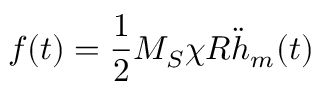
f ( t ) = \frac 1 2 M _ { S } \chi R \ddot { h } _ { m } ( t )